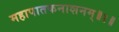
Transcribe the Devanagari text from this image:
महापातकनाशनम्‌॥१॥